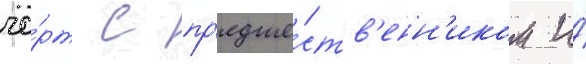
че́рт с пр'едше́ств'енн'иком и́